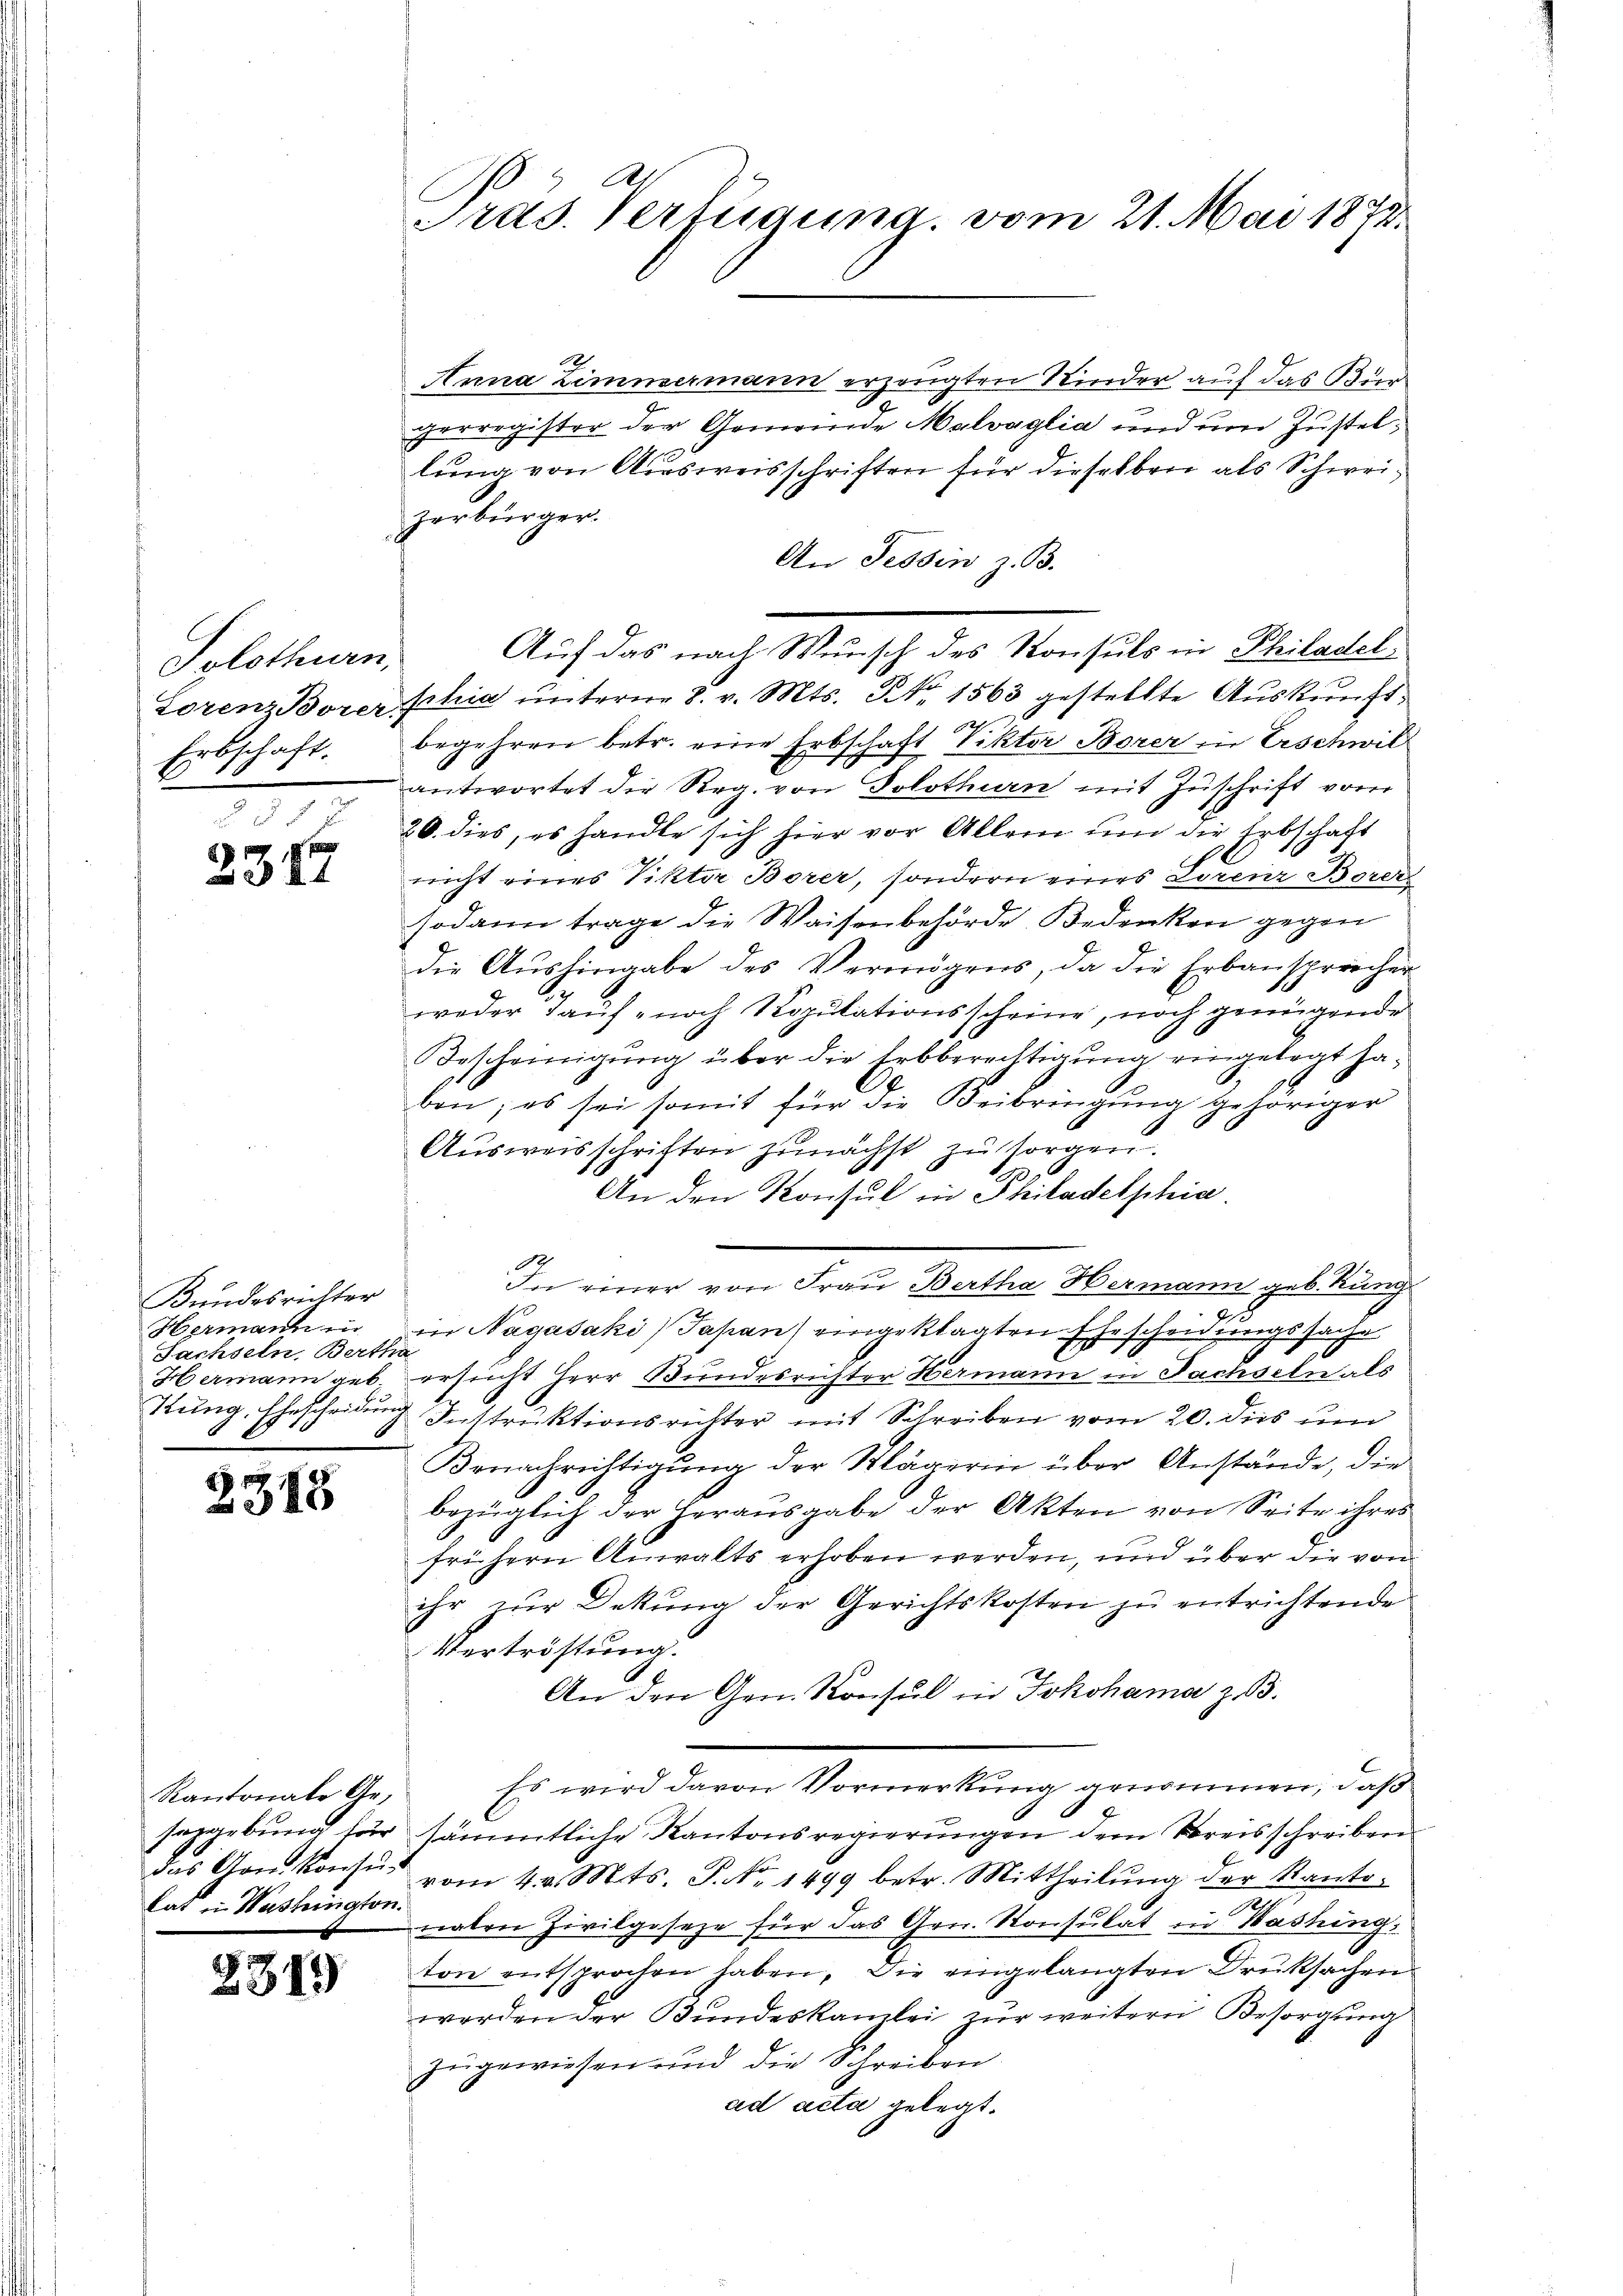
Solothurn,
Lorenz Borer.
Erbschaft.

xx
231

Bundesrichter
Hermann in
Sachseln, Bertha
Hermann geb

2315

Kantonale Gelat in Washington.

2313)

A
Pras. Verfügung, vom 21. Mai 1873.

Anna Zimmermann erzeugten Kinder auf das Bürgerregister der Gemeinde Malvaglia und um Zustellung von Ausweisschriften für dieselben als Schweizerbürger.
An Tessin z. B.
Auf das nach Wunsch des Konsuls in Philadel
schia unterm 8. v. Mts. No. 1563 gestellte Auskunftbegehren betr. eine Erbschaft Viktor Borer in Erschwil
antwortet die Reg. von Solothurn mit Zuschrift von
20. dies, es handle sich hier vor Allem um die Erbschaft
rricht eines Vikter Borer, sondern eines Lorenz Borers
sodann trage die Waisenbehörde Bedenken gegen
die Aŭshingabe des Vermögens, da die Erbansprecher
weder Tauf- noch Kopulationsscheine, noch genügende
Bescheinigung über die Erbberechtigung eingelegt haben; es sei somit für die Beibringŭng gehöriger
Ausweisschriften zunächst zu sorgen.
An den Konsul in Philadelphia
In einer von Frau Bertha Hermann geb. Kung
g
in Nagusaki) Japan) eingeklagten Ehescheidungssache
ersucht Herr Bundesrichter Hermann in Sachseln als
Kung, Ehescheidung, Instruktionsrichter mit Schreiben vom 20. dies und
Benachrichtigŭng der Klägerin über Anstände, die
bezüglich der Herausgabe der Akten von Seite ihres
frühern Anwalts erhoben werden, und über die von
ihr zur Dekung der Gerichtskosten zu entrichtende
Vertröstung.
An den Gen. Konsul in Jokohama z. B.
Es wird davon Vormerkung genommen, daß
seggebung für sämmtliche Kantonsregierungen dem Kreisschreiben
des Gon. Konsŭr vom 4. d. Mts. P. Nr. 1499 betr. Mittheilŭng der Kanto-
naten Zivilgeseze für das Gen. Konsulat in Washing,
ton entsprochen haben. Die eingelangten Druksachen
werden der Bundeskanzlei zur weitern Besorgung
zugewiesen und die Schreiben
ad acta gelegt.